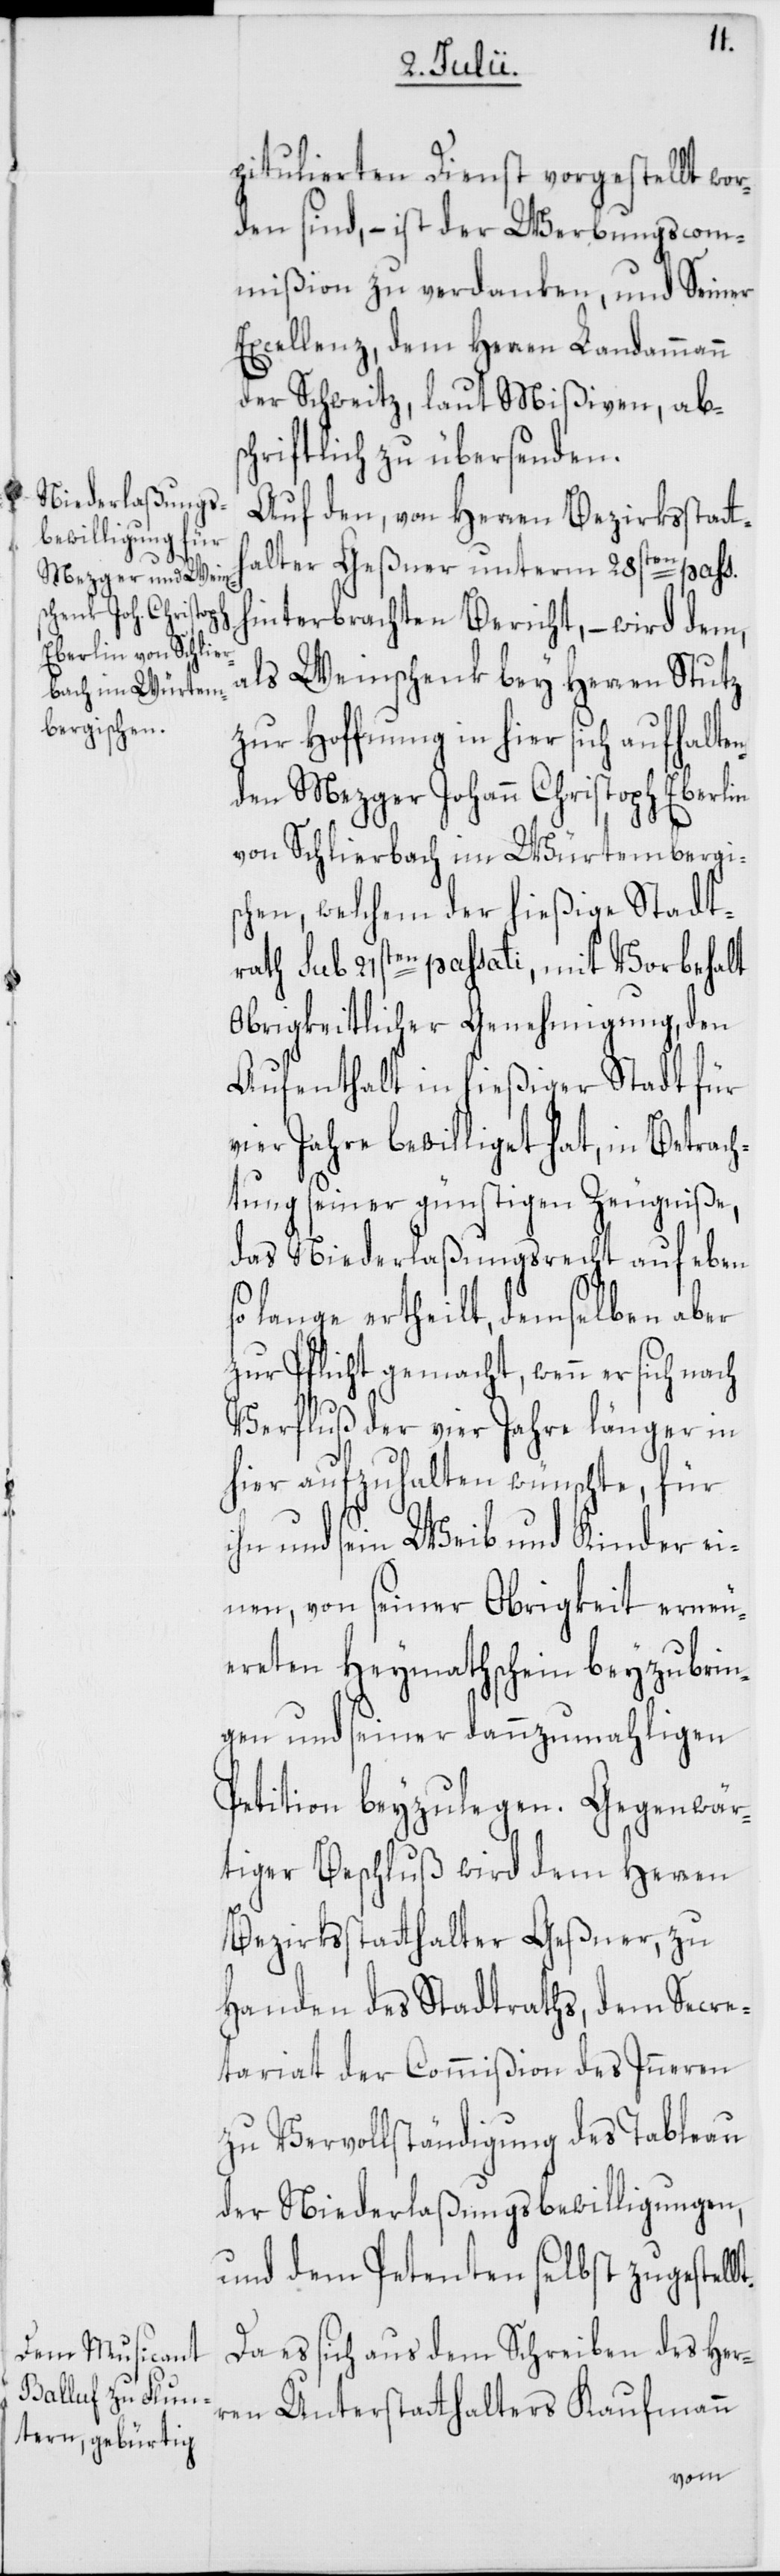
t.

Gegenwär¬
pitulierten Dienst vorgestellt wor¬
den sind, – ist der Werbungscom¬
mißion zu verdanken, und Seiner
Excellenz, dem Herren Landammann
der Schweitz, laut Mißiven, abs¬
chriftlich zu übersenden.
Auf den, von Herren Bezirksstatth¬
alter Geßner unterm 28sten pass.
hinterbrachten Bericht, – wird dem,
als Weinschenk bey Herren Stutz
zur Hoffnung in hier sich aufhalten¬
den Mezger Johann Christoph Eberlin
von Schlierbach im Würtembergi¬
schen, welchem der hießige Stadt¬
rath sub 21sten passati, mit Vorbehalt
Obrigkeitlicher Genehmigung, den
Aufenthalt in hießiger Stadt für
vier Jahre bewilliget hat, in Betrach¬
tung seiner günstigen Zeugniße,
das Niederlaßungsrecht auf eben
lange ertheilt, demselben aber
zur Pflicht gemacht, wenn er sich nach
Verfluß der vier Jahre länger in
hier aufzuhalten wünschte, für
und sein Weib und Kinder ei¬
nen, von seiner Obrigkeit erneu¬
ereten Heymathschein beyzubrin¬
gen und seiner dannzumahligen
tiger Beschluß wird dem Herren
Bezirksstatthalter Geßner, zu
Handen des Stadtraths, dem Secre¬
tariat der Commißion des Inneren
zu Vervollständigung des Tableau
der Niederlaßungsbewilligungen,
und dem Petenten selbst zugestell¬
Da es sich aus dem Schreiben des Her¬
ren Unterstatthalters Kaufmann